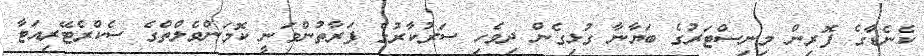
ކެނެޑާގެ ފޮރިން މިނިސްޓަރުގެ ބަޔާނާ ގުޅިގެން ދިވެހި ސަރުކާރުގެ ފަރާތުންވަނީ ކޮމަންވެލްތްގެ ސެކްރެޓޭރިއަޓާ